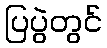
ပြပွဲတွင်